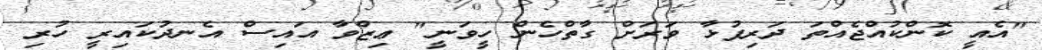
"އެއީ ކޮންކުއްޖެއްތަ ދަރިފުޅާ ވަރަށް ގާތްހެން ހީވަނީ" ޢިޒްވާ އައިސް އެނދުކައިރީ ހުރި